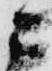
ニ